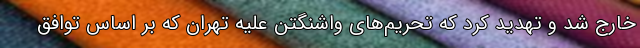
خارج شد و تهدید کرد که تحریم‌های واشنگتن علیه تهران که بر اساس توافق